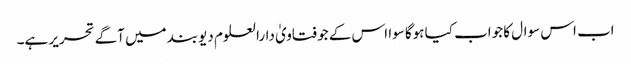
اب اس سوال کا جواب کیا ہوگا سوا اس کے جو فتاویٰ دارالعلوم دیوبند میں آگے تحریر ہے۔